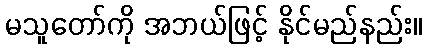
မသူတော်ကို အဘယ်ဖြင့် နိုင်မည်နည်း။